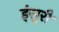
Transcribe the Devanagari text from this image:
इंसुरी